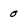
Character: 0